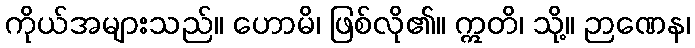
ကိုယ်အများသည်။ ဟောမိ၊ ဖြစ်လို၏။ ဣတိ၊ သို့။ ဉာဏေန၊